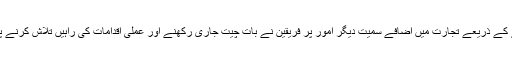
اٹاری زمینی راستے کے ذریعے تجارت میں اضافے سمیت دیگر اُمور پر فریقین نے بات چیت جاری رکھنے اور عملی اقدامات کی راہیں تلاش کرنے پر بھی اتفاق کیا ہے۔